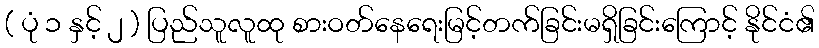
( ပုံ ၁ နှင့် ၂ ) ပြည်သူလူထု စားဝတ်နေရေးမြင့်တက်ခြင်းမရှိခြင်းကြောင့် နိုင်ငံ၏